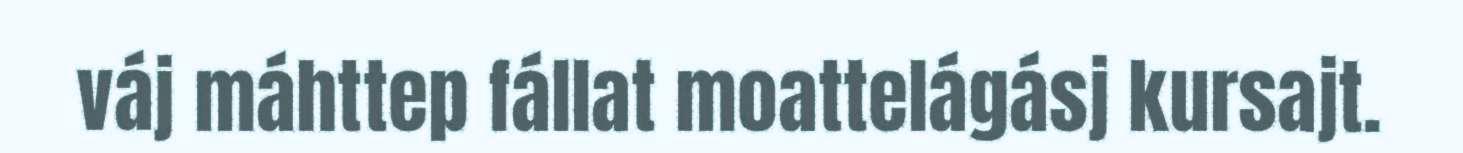
váj máhttep fállat moattelágásj kursajt.